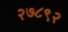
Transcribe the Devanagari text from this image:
२७८९२